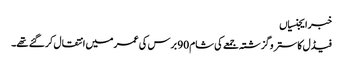
خبر ایجنسیاں
فیڈل کاسترو گزشتہ جمعے کی شام 90 برس کی عمر میں انتقال کر گئے تھے۔